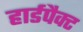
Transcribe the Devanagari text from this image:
हार्डपैक्ट